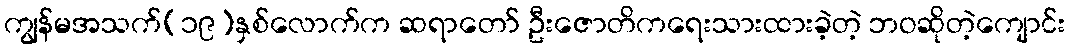
ကျွန်မအသက်(၁၉)နှစ်လောက်က ဆရာတော် ဦးဇောတိကရေးသားထားခဲ့တဲ့ ဘဝဆိုတဲ့ကျောင်း